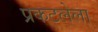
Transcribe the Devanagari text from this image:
प्रकटलेला